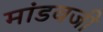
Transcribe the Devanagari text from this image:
मांडवजी